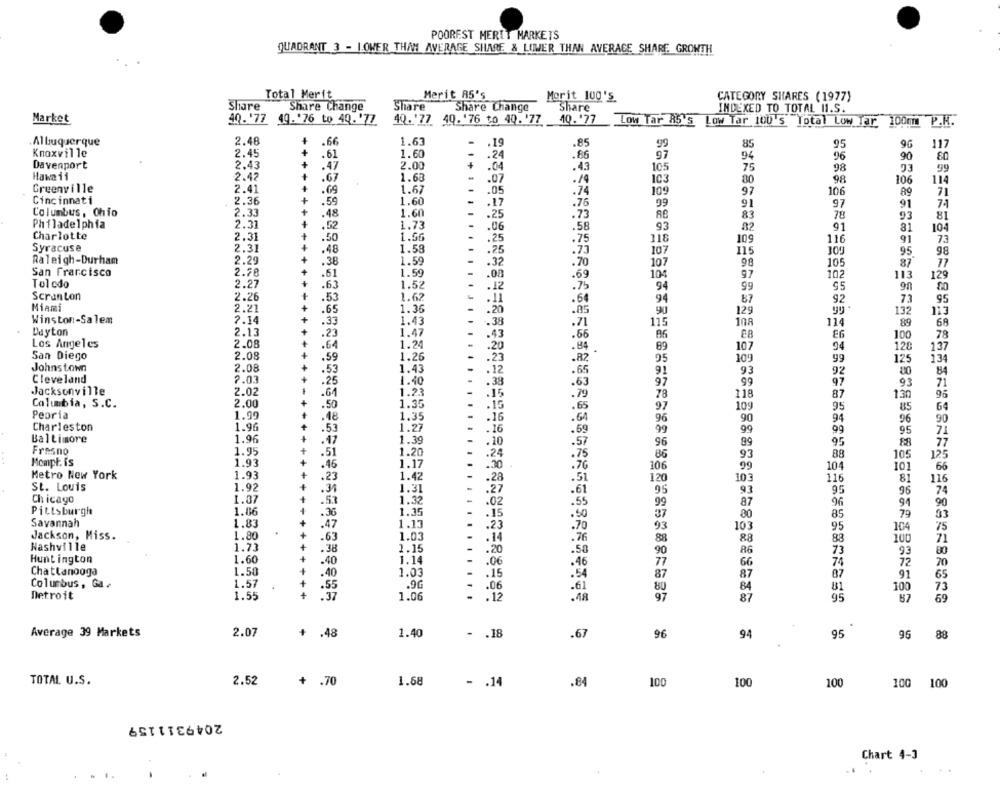
POOREST MERTT MARKETS
QUADRANT 3 - LOWER THAN AVERAGE SHARE & LOWER THAN AVERAGE SHARE GROWTH
Total Merit
Merit 85's
Morit 100 's
CATEGORY SHARES (1977)
Share
Share Change
Share
Share Change
Share
INDEXED TO TOTAL 11.S.
Market
40.'77 49.'76 to 49.'77
4Q.'77 40. '76 to 40.'77
10.'77
Low Tar A5'S
LOW Tar 100's Total Low Tar 100mm P.H.
P.H.
Albuquerque
2.48
.66
1.63
-
.19
.85
95
+
99
85
117
Knoxville
2.45
.61
1.60
.24
.86
97
94
96
90
Davenport
2.43
+
.47
2.00
105
.04
.43
75
98
Hawaii
2.42
.67
1.68
.07
./4
103
80
98
106
114
Greenville
2.41
.69
1.67
109
97
106
71
.05
.74
89
Cincinnati
2.36
+
.59
1.60
.17
.76
99
91
97
91
74
Columbus, Ohio
2.33
.48
1.60
.25
83
78
93
81
.73
Philadelphia
2.31
. 52
1.73
.06
.58
93
82
91
81
10-
Charlotte
2.31
.50
1.56
.75
.25
118
109
116
91
73
Syracuse
2.31
.48
1.58
.25
.73
107
115
100
95
98
Raleigh-Durham
2.29
.38
1.59
.32
.70
107
98
87
105
San Francisco
2.78
.61
1.59
.08
.69
104
97
102
113
129
Toledo
2.27
.63
1.52
.75
95
90
.12
94
99
80
Scranton
2.26
.53
1.62
.11
.64
94
87
92
95
Miami
2.21
1.36
.65
.26
.85
90
129
132
113
Winston-Salem
7.14
.33
1.43
.38
.71
115
108
114
89
68
Dayton
2.13
1.47
.23
.43
.66
86
£8
100
78
Los Angeles
2.08
.64
1.24
.20
.84
89
107
94
120
137
San Diego
2.08
.59
1.26
.23
.82
109
95
99
125
134
Johns town
2.08
.53
1.43
.12
.65
91
93
92
84
Cleveland
7.03
.25
1.40
99
.38
.63
97
97
71
Jacksonville
2.02
.64
1.23
.15
.79
78
118
87
130
96
Columbia, S.C.
2.00
.50
1.35
.15
.65
97
109
95
85
64
Peoria
1.99
.48
1.35
.16
96
90
94
96
90
Charleston
1.96
.53
1.27
16
.69
99
99
99
95
71
Baltimore
1.96
.47
1.39
.10
.57
96
89
95
77
Fresno
1.95
.51
1.20
.75
86
93
88
105
125
Mompt is
1.93
.46
1.17
.30
.7G
106
99
104
101
66
Metro New York
1.93
.23
1.42
.28
.51
120
103
116
81
116
St. Louis
1.92
.34
1.31
.27
.61
95
93
95
96
74
1.37
Chicago
.53
1.32
.02
.55
99
87
96
91
90
Pittsburgh
1.66
.30
1.35
.15
.50
80
85
79
33
Savannah
1.13
1.83
.47
.23
.70
93
103
95
104
75
Jackson, Miss.
1.80
-63
1.03
.14
.76
88
100
71
Nashville
1.73
1.15
88
88
.38
.20
.58
90
86
73
93
80
Huntington
1.60
.40
1.14
.06
.46
7
66
74
72
20
1.50
Chattanooga
-
.40
1.03
.15
.54
87
87
87
91
65
Columbus, Ga
1.57
.55
.90
:37
.06
.61
80
84
881
100
73
Detroit
1.55
1.06
:12
.48
97
87
95
87
69
Average 39 Markets
2.07
1.40
.67
95
+ .48
- . 18
96
94
95
88
2.52
1.68
TOTAL U.S.
+ .70
- . 14
.84
100
100
100
100 100
2049311159
Chart 4-3